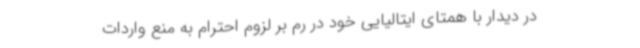
در دیدار با همتای ایتالیایی خود در رم بر لزوم احترام به منع واردات